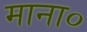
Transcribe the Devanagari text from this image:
माना०